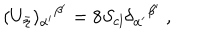
( U _ { \bar { \eta } } ) _ { \alpha ^ { \prime } } { } ^ { \beta ^ { \prime } } = 8 S _ { \mathrm { c l } } \delta _ { \alpha ^ { \prime } } { } ^ { \beta ^ { \prime } } \ ,